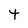
Character: t